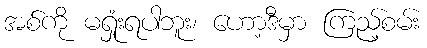
အစ်ကို မရှုံးရပါဘူး၊ ဟော့ဒီမှာ ကြည့်စမ်း